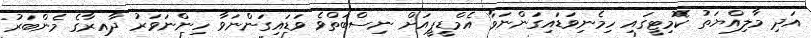
އަދި މާލިއްޔަތު ކޮމިޓީގައި ހިމެނިވަޑައިގަންނަވާ އެމްޑީޕީއަށް ނިސްބަތްވެ ވަޑައިގަންނަވާ ހިންނަވަރު ދާއިރާގެ މެންބަރު